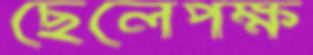
ছেলেপক্ষ